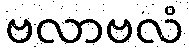
ဗလာဗလံ